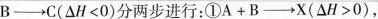
B\rightarrow C($$\Delta H<O$$)分两步进行：①$$A+B\rightarrow X(\DeltaH>0)$$，